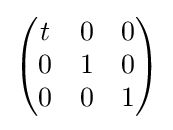
{\begin{pmatrix}t&0&0\\0&1&0\\0&0&1\end{pmatrix}}